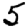
Digit: 5